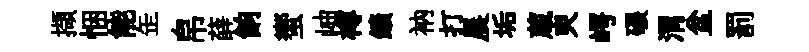
擷悃能𦈢帛薛餉蠁岫樽鑛衲打晨垢蔵㬰崿碾渭盆罰